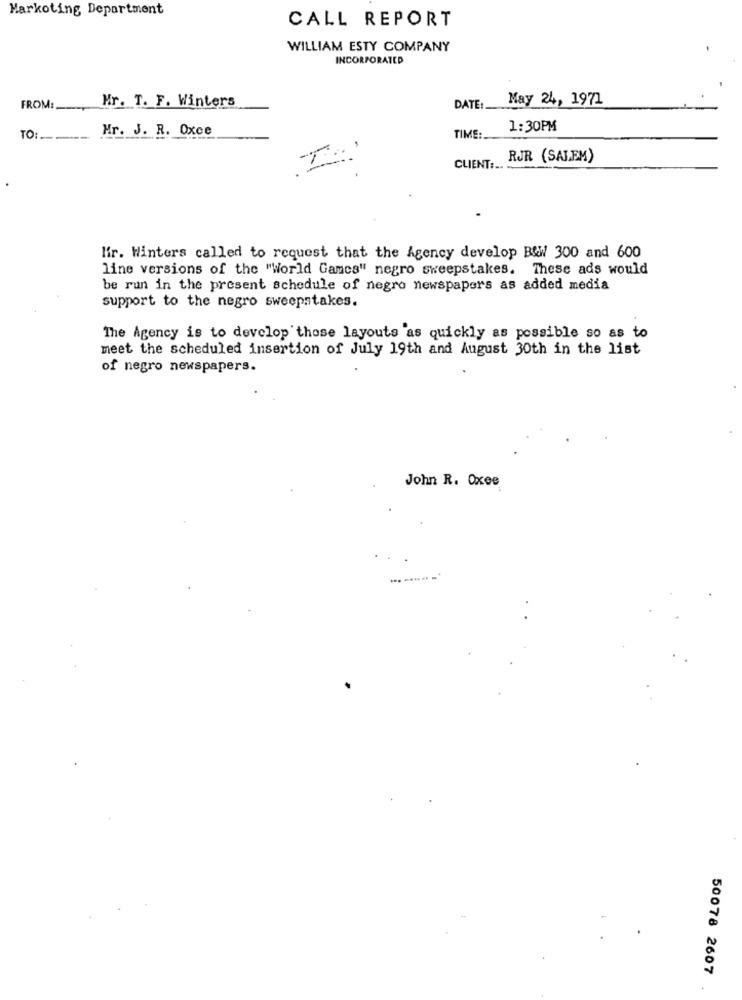
Markoting Department
CALL REPORT
WILLIAM ESTY COMPANY
INCORPORATED
May 24, 1971
FROM :____
Mr. T. F. Winters
DATE:
Mr. J. R. Oxce
1:30PM
TO :___
TIME:
RJR (SALEM)
CLIENT:
lir. Winters called to request that the Agency develop B&W 300 and 600
line versions of the "World Games" negro sweepstakes. These ads would
be run in the present schedule of negro newspapers as added media
support to the negro sweepstakes.
The Agency is to develop those layouts as quickly as possible so as to
meet the scheduled insertion of July 19th and August 30th in the list
of negro newspapers.
John R. Oxee
50078 2607